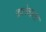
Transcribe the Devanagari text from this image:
तालेवाला